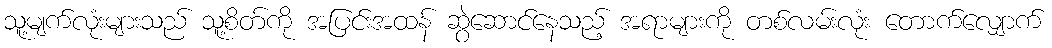
သူ့မျက်လုံးများသည် သူ့စိတ်ကို အပြင်းအထန် ဆွဲဆောင်နေသည့် အရာများကို တစ်လမ်းလုံး တောက်လျှောက်